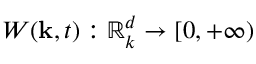
W ( \mathbf { k } , t ) : \mathbb { R } _ { k } ^ { d } \rightarrow [ 0 , + \infty )